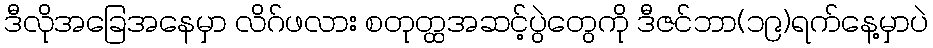
ဒီလိုအခြေအနေမှာ လိဂ်ဖလား စတုတ္ထအဆင့်ပွဲတွေကို ဒီဇင်ဘာ(၁၉)ရက်နေ့မှာပဲ